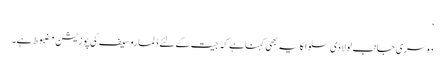
‘
دوسری جانب لولا ڈی سلوا کا یہ بھی کہنا ہے کہ جیت کے لئے ڈِلما روسیف کی پوزیشن مضبوط ہے۔